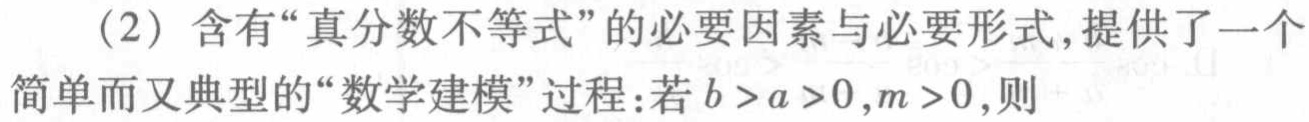
（2）含有“真分数不等式”的必要因素与必要形式,提供了一个

简单而又典型的“数学建模”过程:若\(b > a > 0,m > 0\),则